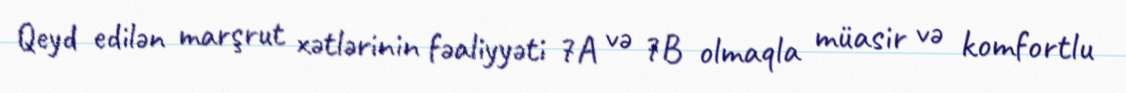
Qeyd edilən marşrut xətlərinin fəaliyyəti 7A və 7B olmaqla müasir və komfortlu